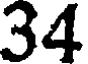
34